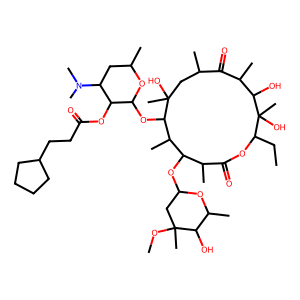
SMILES: CCC1OC(=O)C(C)C(OC2CC(C)(OC)C(O)C(C)O2)C(C)C(OC2OC(C)CC(N(C)C)C2OC(=O)CCC2CCCC2)C(C)(O)CC(C)C(=O)C(C)C(O)C1(C)O
Inhibits HIV replication: No